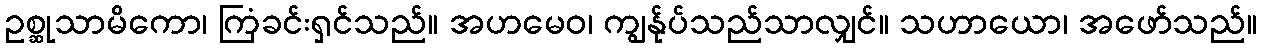
ဥစ္ဆုသာမိကော၊ ကြံခင်းရှင်သည်။ အဟမေဝ၊ ကျွန်ုပ်သည်သာလျှင်။ သဟာယော၊ အဖော်သည်။